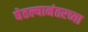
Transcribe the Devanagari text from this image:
घेतल्यानंतरच्या